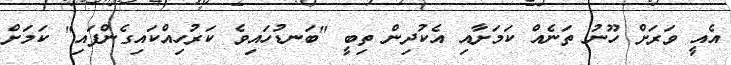
އެއީ ވަރަށް ހޫނު ތަނެއް ކަމަށާއި އެކުދިން ތިބީ "ބަނޑުހައިވެ ކަރުހިއްކައިގެންފައި" ކަމަށް